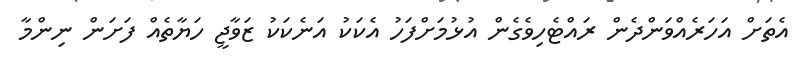
އެތަށް އަހަރެއްވަންދެން ރައްޓެހިވެގެން އުޅުމަށްފަހު އެކަކު އަނެކަކު ޒަވާޖީ ހަޔާތެއް ފަށަން ނިންމާ